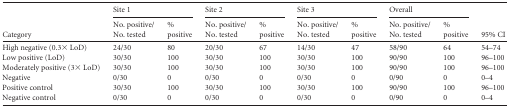
| <ROWSPAN=2> Category | <COLSPAN=2> Site 1 | <COLSPAN=2> Site 2 | <COLSPAN=2> Site 3 | <COLSPAN=2> Overall | <ROWSPAN=2> 95% CI |
 | No. positive/No. tested | % positive | No. positive/No. tested | % positive | No. positive/No. tested | % positive | No. positive/No. tested | % positive |
 | --- | --- | --- | --- | --- | --- | --- | --- | --- | --- |
 | High negative (0.3× LoD) | 24/30 | 80 | 20/30 | 67 | 14/30 | 47 | 58/90 | 64 | 54–74 |
 | Low positive (LoD) | 30/30 | 100 | 30/30 | 100 | 30/30 | 100 | 90/90 | 100 | 96–100 |
 | Moderately positive (3× LoD) | 30/30 | 100 | 30/30 | 100 | 30/30 | 100 | 90/90 | 100 | 96–100 |
 | Negative | 0/30 | 0 | 0/30 | 0 | 0/30 | 0 | 0/90 | 0 | 0–4 |
 | Positive control | 30/30 | 100 | 30/30 | 100 | 30/30 | 100 | 90/90 | 100 | 96–100 |
 | Negative control | 0/30 | 0 | 0/30 | 0 | 0/30 | 0 | 0/90 | 0 | 0–4 |